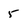
Character: 5